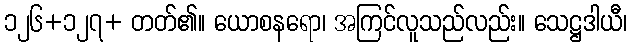
၁၂၆+၁၂၇+ တတ်၏။ ယောစနရော၊ အကြင်လူသည်လည်း။ သေဋ္ဌဒါယီ၊